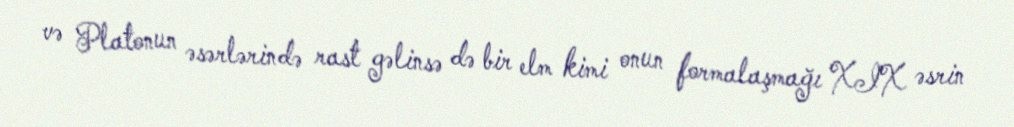
və Platonun əsərlərində rast gəlinsə də bir elm kimi onun formalaşmağı XIX əsrin